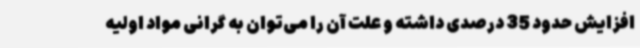
افزایش حدود 35 درصدی داشته و علت آن را می‌توان به گرانی مواد اولیه